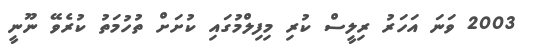
2003 ވަނަ އަހަރު ރިލީސް ކުރި މިފިލްމުގައި ކުށަށް ތުހުމަތު ކުރެވޭ ނޫނީ